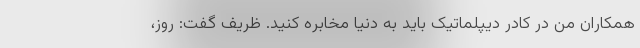
همکاران من در کادر دیپلماتیک باید به دنیا مخابره کنید. ظریف گفت: روز،